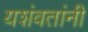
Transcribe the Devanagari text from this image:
यशंवतांनी